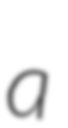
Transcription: a